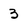
Character: 3